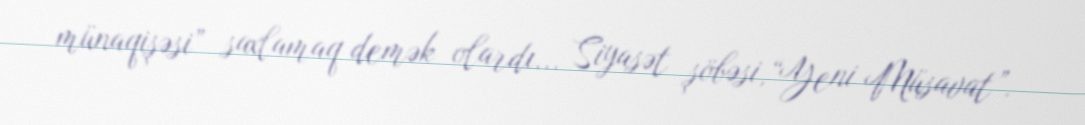
münaqişəsi” saxlamaq demək olardı... Siyasət şöbəsi,“Yeni Müsavat”.